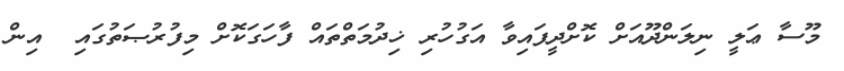
މޫސާ ޢަލީ ނިލަންދޫއަށް ކޮށްދީފައިވާ އަގުހުރި ޚިދުމަތްތައް ފާހަގަކޮށް މިފުރުޞަތުގައި  އިން